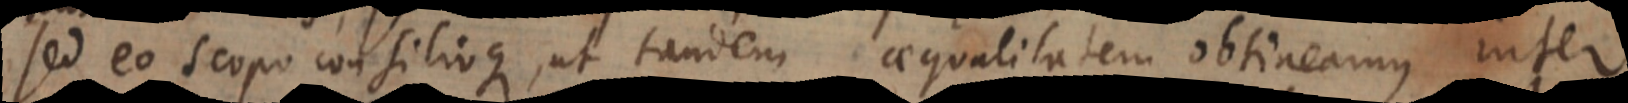
sed eo scopo consilioque, ut tandem aequalitatem obtineamus inter